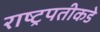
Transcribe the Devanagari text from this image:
राष्ट्रपतीकडे